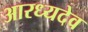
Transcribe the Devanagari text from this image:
आरध्यदेव